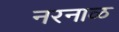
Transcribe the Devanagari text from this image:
नरनाळ